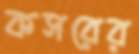
কসরের